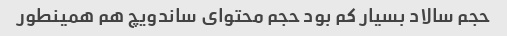
حجم سالاد بسیار کم بود حجم محتوای ساندویچ هم همینطور